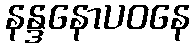
နန္ဒနောပဝနေ